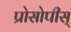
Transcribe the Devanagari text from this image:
प्रोसोपीस्